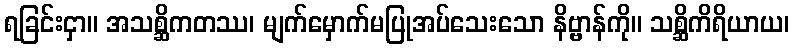
ရခြင်းငှာ။ အသစ္ဆိကတဿ၊ မျက်မှောက်မပြုအပ်သေးသော နိဗ္ဗာန်ကို။ သစ္ဆိကိရိယာယ၊